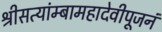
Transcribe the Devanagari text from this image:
श्रीसत्यांम्बामहादेवीपूजनं